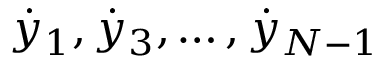
{ \dot { y } } _ { 1 } , { \dot { y } } _ { 3 } , \dots , { \dot { y } } _ { N - 1 }